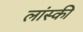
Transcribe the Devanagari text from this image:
लांस्की